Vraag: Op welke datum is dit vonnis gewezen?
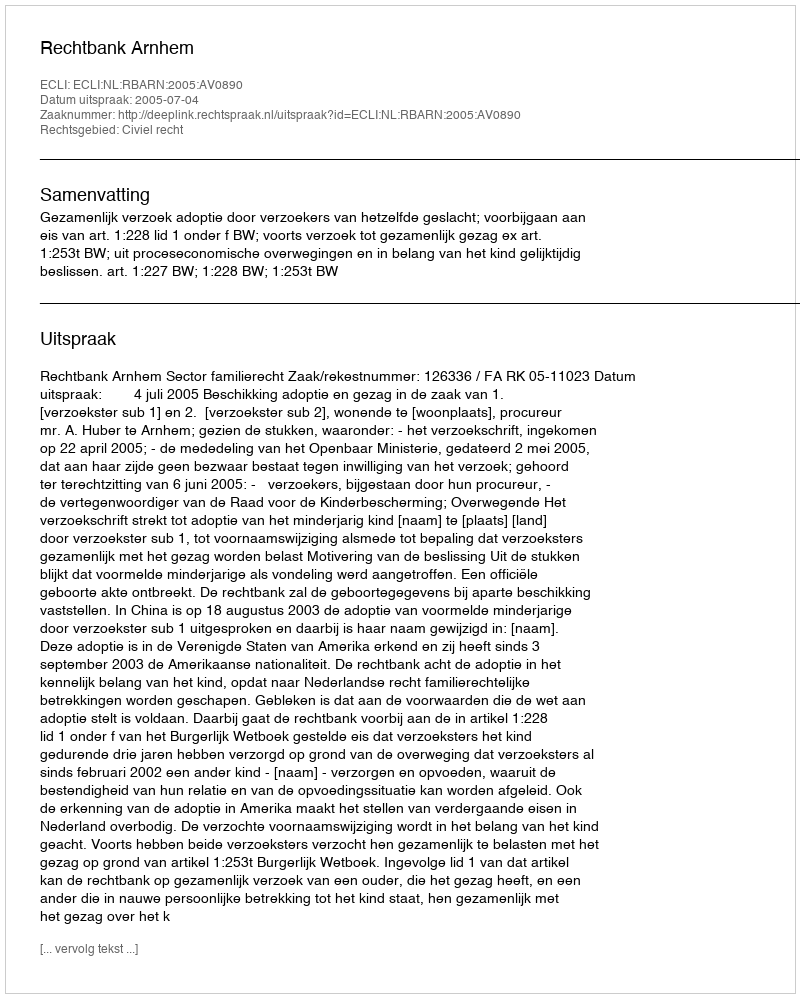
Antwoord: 2005-07-04